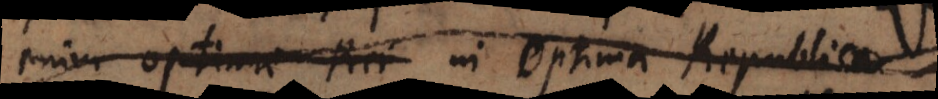
enim optimae Rei in Optima Republica